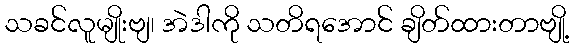
သခင်လူမျိုးဗျ၊ အဲဒါကို သတိရအောင် ချိတ်ထားတာဗျို့